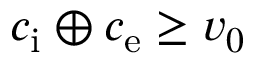
c _ { \mathrm { i } } \oplus c _ { \mathrm { e } } \ge v _ { 0 }